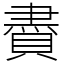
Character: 賮